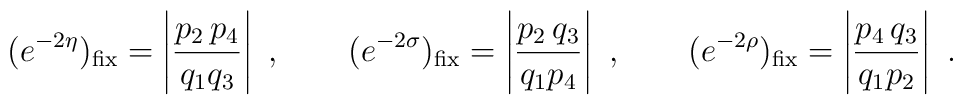
(e^{-2 \eta})_{\rm fix} =\left | \frac{p_2 \, p_4}{q_1 q_3}\right | \ ,\qquad  (e^{-2\sigma})_{\rm fix} =\left | \frac{p_2 \, q_3}{q_1 p_4}\right| \ , \qquad  (e^{-2\rho})_{\rm fix} =\left | \frac{p_4 \, q_3}{q_1 p_2}\right| \ .